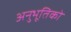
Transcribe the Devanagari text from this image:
अनुभूतिको